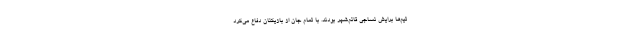
تیم‌ها برایش نساجی قائم‌شهر بودند. با تمام جان از بازیکنان دفاع می‌کرد